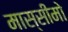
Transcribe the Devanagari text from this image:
मास्सीमो